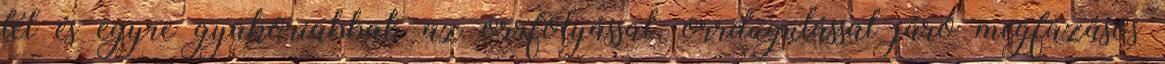
tél és egyre gyakoriabbak az orrfolyással, orrdugulással járó megfázásos